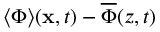
\langle \Phi \rangle ( { \bf { x } } , t ) - \overline { { \Phi } } ( z , t )